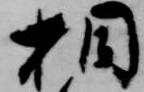
相